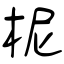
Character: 柅